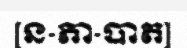
[ន-ភា-បាត]